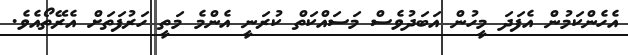
އެހެންކަމުން އެފަދަ މީހުން އަބަދުވެސް މަސައްކަތް ކުރަނީ އެންމެ މަތީ ހަރުފަތަށް އެރޭތޯއެވެ.